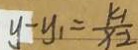
y - y _ { 1 } = \frac { k _ { 1 } } { x - 2 }